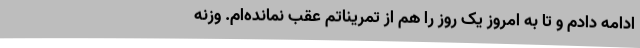
ادامه دادم و تا به امروز یک روز را هم از تمریناتم عقب نمانده‌ام. وزنه